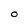
Character: O